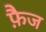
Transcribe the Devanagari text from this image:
फ़ैज